Civil Veterinary Department Bengal reports 1923-33 - 1923-1933
Year: 1923
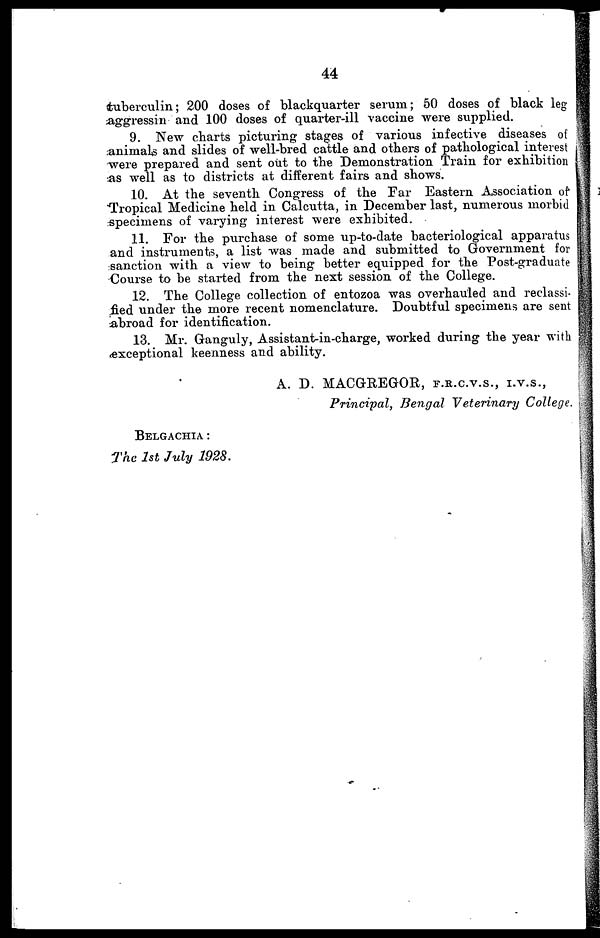
44
tuberculin; 200 doses of blackquarter serum; 50 doses of black leg
aggressin and 100 doses of quarter-ill vaccine were supplied.
9. New charts picturing stages of various infective diseases of
animals and slides of well-bred cattle and others of pathological interest
were prepared and sent out to the Demonstration Train for exhibition
as well as to districts at different fairs and shows.
10. At the seventh Congress of the Far Eastern Association of
Tropical Medicine held in Calcutta, in December last, numerous morbid
specimens of varying interest were exhibited.
11. For the purchase of some up-to-date bacteriological apparatus
and instruments, a list was made and submitted to Government for
sanction with a view to being better equipped for the Post-graduate
Course to be started from the next session of the College.
12. The College collection of entozoa was overhauled and reclassi-
fied under the more recent nomenclature. Doubtful specimens are sent
abroad for identification.
13. Mr. Ganguly, Assistant-in-charge, worked during the year with
exceptional keenness and ability.
A. D. MACGREGOR, f.r.c.v.s., i.v.s.,
Principal, Bengal Veterinary College.
Belgachia:
The 1st July 1928.